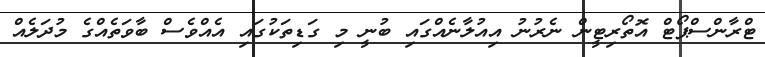
ޓްރާންސްޕޯޓް އޮތޯރިޓީން ނެރުނު އިއުލާނެއްގައި ބުނީ މި ގަޑިތަކުގައި އެއްވެސް ބާވަތެއްގެ މުދަލެއް